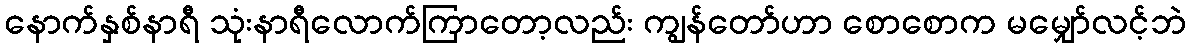
နောက်နှစ်နာရီ သုံးနာရီလောက်ကြာတော့လည်း ကျွန်တော်ဟာ စောစောက မမျှော်လင့်ဘဲ